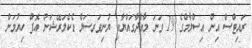
ރައިޓްސް އިން އިސްލާމްގެ 19 ވަނަ މާއްދާގައްޔާއި ޔުނިވަރސަލް ޑެކްލަރޭޝަން އޮފް ހިޔުމަން